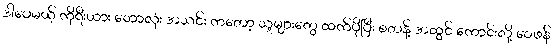
ဒါပေမယ့် ကိုရီးယား ဘောလုံး အသင်း ကတော့ သူများတွေ ထက်ပိုပြီး စတန့် အထွင် ကောင်းလို့ ဝေဖန်